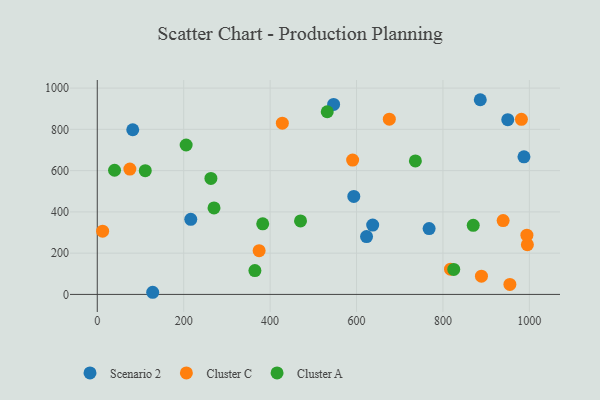
{"axis": {"x": "Ad Spend", "y": "Profit"}, "legend": ["Cluster A", "Cluster C", "Scenario 2"], "data": [{"x": "886.4", "y": 943.6, "type": "Scenario 2"}, {"x": "637.4", "y": 336.3, "type": "Scenario 2"}, {"x": "547.0", "y": 920.7, "type": "Scenario 2"}, {"x": "623.2", "y": 280.3, "type": "Scenario 2"}, {"x": "82.1", "y": 798.0, "type": "Scenario 2"}, {"x": "987.5", "y": 666.7, "type": "Scenario 2"}, {"x": "593.7", "y": 475.0, "type": "Scenario 2"}, {"x": "216.4", "y": 364.0, "type": "Scenario 2"}, {"x": "768.0", "y": 319.0, "type": "Scenario 2"}, {"x": "128.3", "y": 10.4, "type": "Scenario 2"}, {"x": "950.0", "y": 847.0, "type": "Scenario 2"}, {"x": "817.5", "y": 122.5, "type": "Cluster C"}, {"x": "954.9", "y": 48.4, "type": "Cluster C"}, {"x": "428.3", "y": 830.0, "type": "Cluster C"}, {"x": "995.4", "y": 241.1, "type": "Cluster C"}, {"x": "939.3", "y": 358.1, "type": "Cluster C"}, {"x": "889.1", "y": 88.2, "type": "Cluster C"}, {"x": "591.0", "y": 650.9, "type": "Cluster C"}, {"x": "675.9", "y": 849.1, "type": "Cluster C"}, {"x": "374.6", "y": 212.1, "type": "Cluster C"}, {"x": "981.6", "y": 848.6, "type": "Cluster C"}, {"x": "12.4", "y": 306.5, "type": "Cluster C"}, {"x": "994.3", "y": 287.3, "type": "Cluster C"}, {"x": "75.4", "y": 607.6, "type": "Cluster C"}, {"x": "364.8", "y": 115.7, "type": "Cluster A"}, {"x": "40.0", "y": 601.9, "type": "Cluster A"}, {"x": "532.2", "y": 885.3, "type": "Cluster A"}, {"x": "270.2", "y": 419.4, "type": "Cluster A"}, {"x": "870.1", "y": 334.9, "type": "Cluster A"}, {"x": "111.1", "y": 599.5, "type": "Cluster A"}, {"x": "263.0", "y": 562.1, "type": "Cluster A"}, {"x": "736.2", "y": 647.0, "type": "Cluster A"}, {"x": "205.7", "y": 724.2, "type": "Cluster A"}, {"x": "470.4", "y": 356.0, "type": "Cluster A"}, {"x": "382.9", "y": 342.0, "type": "Cluster A"}, {"x": "825.0", "y": 121.2, "type": "Cluster A"}]}